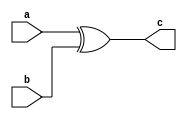
`timescale 1ps/1ps
module overflow(a,b,c);
  input a,b;
  output c;

  assign #30 c = a ^ b;
  
endmodule